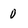
Character: 0